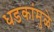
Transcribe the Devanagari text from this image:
धडकांमुळे